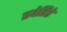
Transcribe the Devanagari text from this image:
एवेरिडे